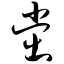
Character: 党